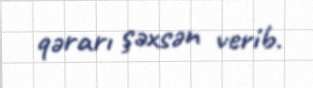
qərarı şəxsən verib.